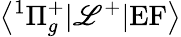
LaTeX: \left<^1\Pi_{g}^{+}|\mathscr{L}^{+}|\mathrm{{EF}}\right>